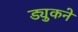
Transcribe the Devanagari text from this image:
ड्युकने